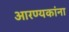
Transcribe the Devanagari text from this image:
आरण्यकांना